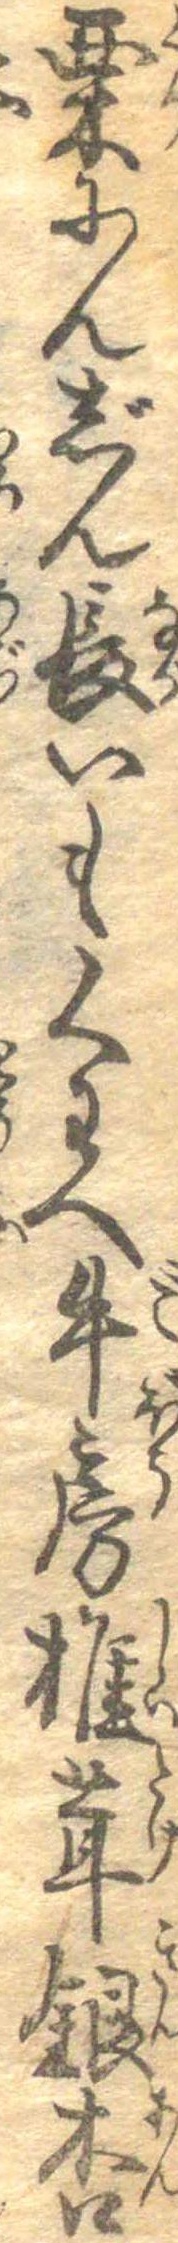
栗にんじん長いもくわへ牛房椎茸銀杏